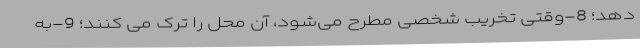
­دهد؛ 8-وقتی تخریبِ شخصی مطرح می­شود، آن محل را ترک می­ کنند؛ 9-به